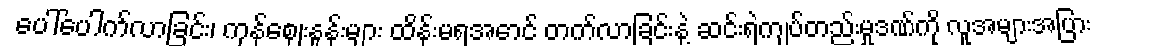
ပေါ်ပေါက်လာခြင်း၊ ကုန်ဈေးနှုန်းများ ထိန်းမရအောင် တက်လာခြင်းနဲ့ ဆင်းရဲကျပ်တည်းမှုဒဏ်ကို လူအများအပြား